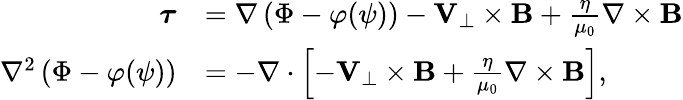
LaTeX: \begin{array}{rl}{\boldsymbol{\tau}}&{=\nabla\left(\Phi-\varphi(\psi)\right)-{\mathbf V}_{\perp}\times{\mathbf B}+\frac{\eta}{\mu_{0}}\nabla\times{\mathbf B}}\\ {\nabla^{2}\left(\Phi-\varphi(\psi)\right)}&{=-\nabla\cdot\left[-{\mathbf V}_{\perp}\times{\mathbf B}+\frac{\eta}{\mu_{0}}\nabla\times{\mathbf B}\right],}\end{array}